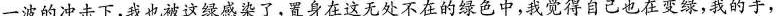
一波的冲击下，我也被这绿感染了，置身在这无处不在的绿色中，我觉得自己也在变绿，我的手，